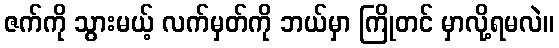
ဇက်ကို သွားမယ့် လက်မှတ်ကို ဘယ်မှာ ကြိုတင် မှာလို့ရမလဲ။